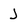
Character: J